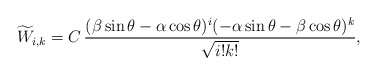
\begin{align*}\widetilde{W}_{i,k}=C\,\frac{(\beta\sin\theta-\alpha \cos \theta)^{i}(-\alpha \sin \theta-\beta \cos \theta)^{k}}{\sqrt{i!k!}},\end{align*}